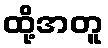
ထို့အတူ